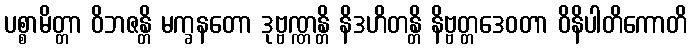
ပစ္စာမိတ္တာ ဝိဘဇန္တိ မက္ခနတော ဒုဗ္ဗဏ္ဏန္တိ နိဒဟိတန္တိ နိဗ္ဗတ္တဒေဝတာ ဝိနိပါတိကောတိ